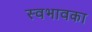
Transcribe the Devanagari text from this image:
स्वभावका